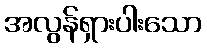
အလွန်ရှားပါးသော